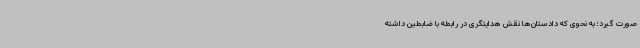
صورت گیرد؛ به نحوی که دادستان‌ها نقش هدایتگری در رابطه با ضابطین داشته